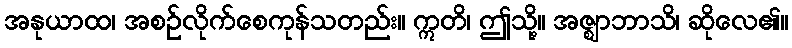
အနုယာထ၊ အစဉ်လိုက်စေကုန်သတည်း။ ဣတိ၊ ဤသို့။ အဇ္ဈာဘာသိ၊ ဆိုလေ၏။